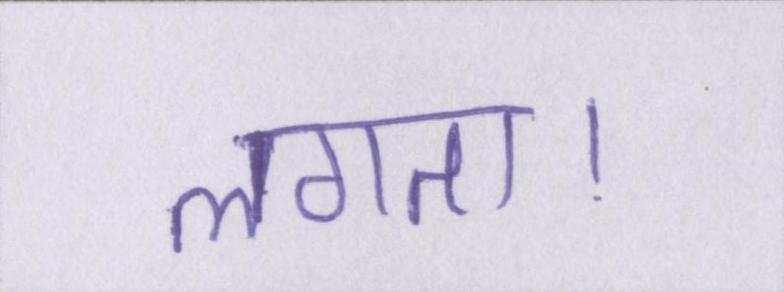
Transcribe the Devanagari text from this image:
लगता।